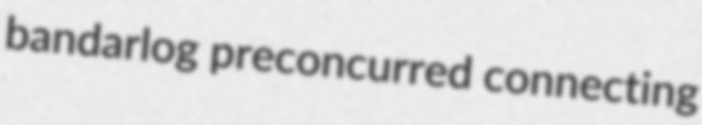
bandarlog preconcurred connecting